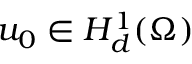
u _ { 0 } \in H _ { d } ^ { 1 } ( \Omega )